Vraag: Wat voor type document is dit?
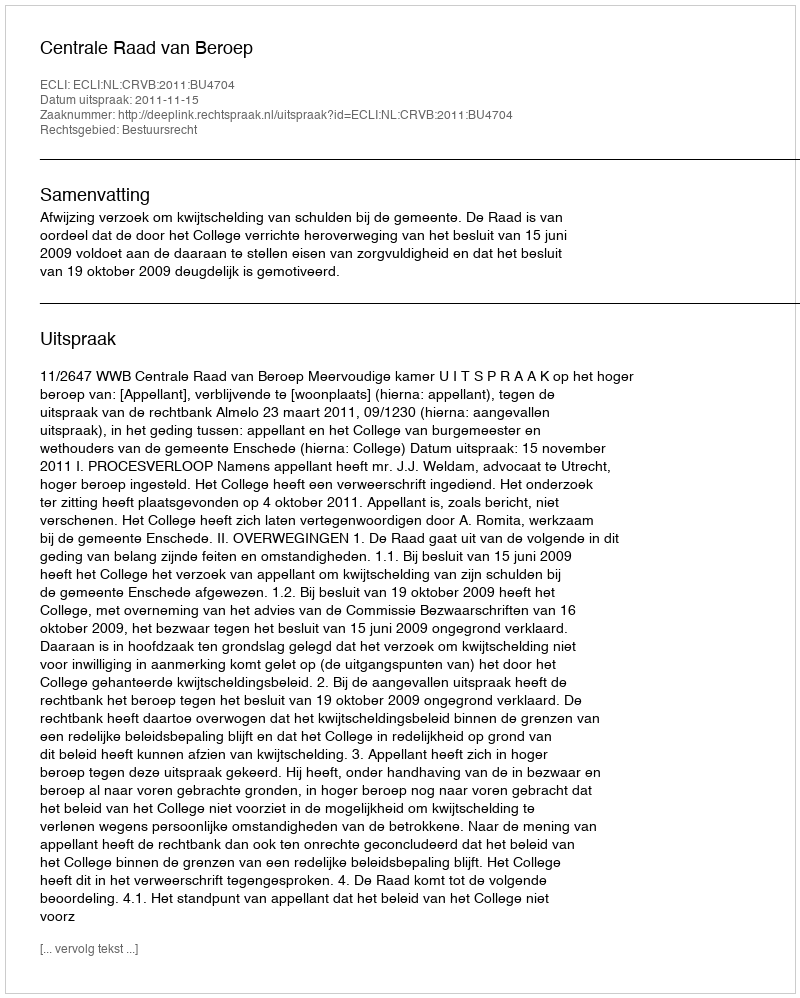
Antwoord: Uitspraak